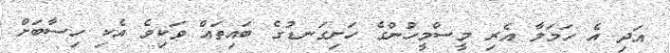
އަދި އެ ހަމަލާ އެރި މީސްމީހުންގެ ހަށިގަނޑުގެ ބައިތައް ވަކިވެ އެކި ހިސާބަށް